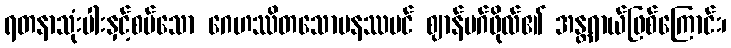
ရတနာသုံးပါးနှင့်စပ်သော ဂေဟဿိတသောမနဿပင် ဈာန်မဂ်ဖိုလ်၏ အန္တရာယ်ဖြစ်ကြောင်း၊